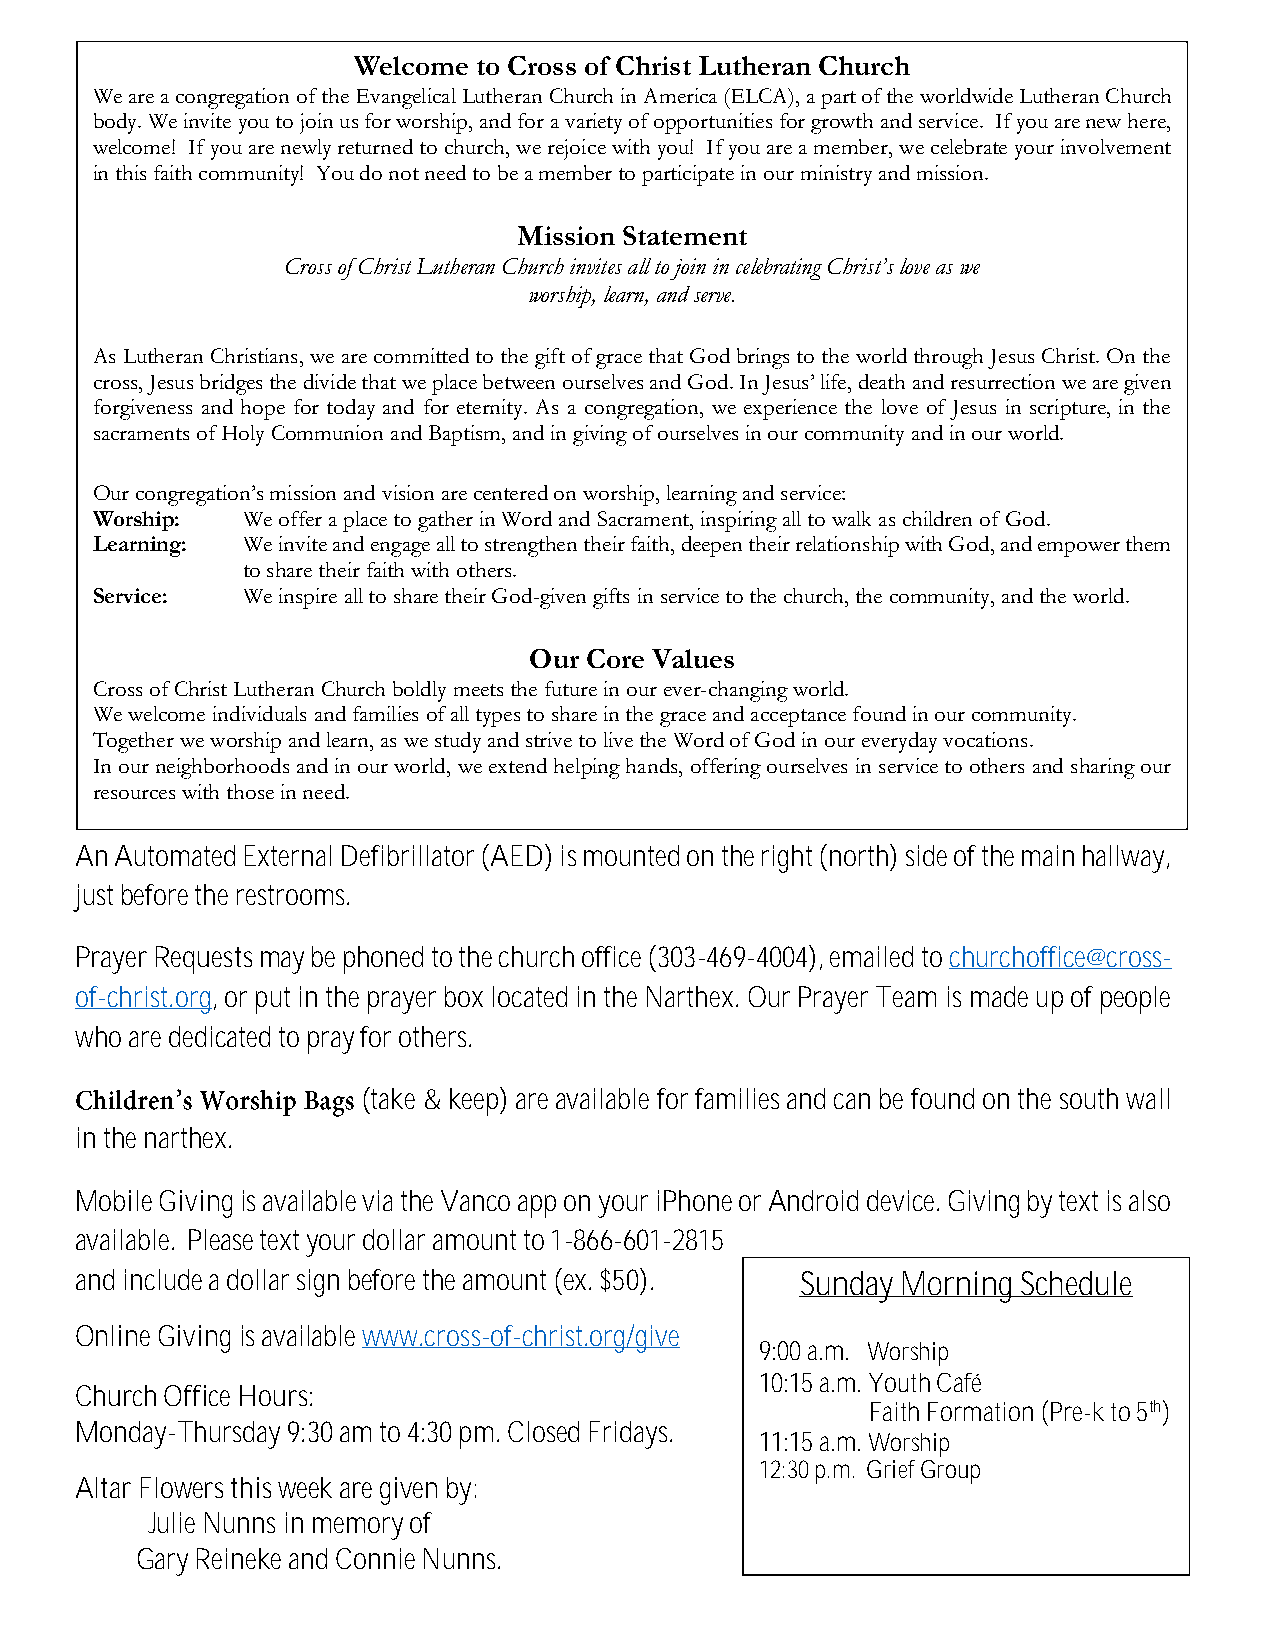
Welcome  to Cross of Christ Lutheran Church
 We are a congregation of the Evangelical Lutheran Church in America (ELCA), a part of the worldwide Lutheran Church
 body. We invite you to join us for worship, and for a variety of opportunities for growth and service. If you are new here,
 welcome! If you are newly returned to church, we rejoice with you! If you are a member, we celebrate your involvement
 in this faith community! You do not need to be a member to participate in our ministry and mission.
 Mission Statement
 Cross of Christ Lutheran Church invites all to join in celebrating Christ’s love as we
 worship, learn, and serve.
 As Lutheran Christians, we are committed to the gift of grace that God brings to the world through Jesus Christ. On the
 cross, Jesus bridges the divide that we place between ourselves and God. In Jesus’ life, death and resurrection we are given
 forgiveness and hope for today and for eternity. As a congregation, we experience the love of Jesus in scripture, in the
 sacraments of Holy Communion and Baptism, and in giving of ourselves in our community and in our world.
 Our congregation’s mission and vision are centered on worship, learning and service:
 Worship:  We offer a place to gather in Word and Sacrament, inspiring all to walk as children of God.
 Learning: We invite and engage all to strengthen their faith, deepen their relationship with God, and empower them
 to share their faith with others.
 Service:  We inspire all to share their God-given gifts in service to the church, the community, and the world.
 Our Core Values
 Cross of Christ Lutheran Church boldly meets the future in our ever-changing world.
 We welcome individuals and families of all types to share in the grace and acceptance found in our community.
 Together we worship and learn, as we study and strive to live the Word of God in our everyday vocations.
 In our neighborhoods and in our world, we extend helping hands, offering ourselves in service to others and sharing our
 resources with those in need.
 An Automated External Defibrillator (AED) is mounted on the right (north) side of the main hallway,
 just before the restrooms.
 Prayer Requests may be phoned to the church office (303-469-4004), emailed to churchoffice@cross-
 of-christ.org, or put in the prayer box located in the Narthex. Our Prayer Team is made up of people
 who are dedicated to pray for others.
 (take & keep) are available for families and can be found on the south wall
 in the narthex.
 Mobile Giving is available via the Vanco app on your iPhone or Android device. Giving by text is also
 available. Please text your dollar amount to 1-866-601-2815
 and include a dollar sign before the amount (ex. $50). Sunday Morning Schedule
 Online Giving is available www.cross-of-christ.org/give
 9:00 a.m. Worship
 10:15 a.m. Youth Café
 Church Office Hours:
 Faith Formation (Pre-k to 5th)
 Monday-Thursday 9:30 am to 4:30 pm. Closed Fridays.
 11:15 a.m. Worship
 12:30 p.m. Grief Group
 Altar Flowers this week are given by:
 Julie Nunns in memory of
 Gary Reineke and Connie Nunns.